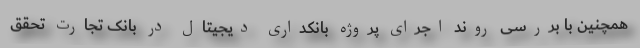
همچنین با بررسی روند اجرای پروژه بانکداری دیجیتال در بانک تجارت تحقق